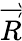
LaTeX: \overrightarrow{R}